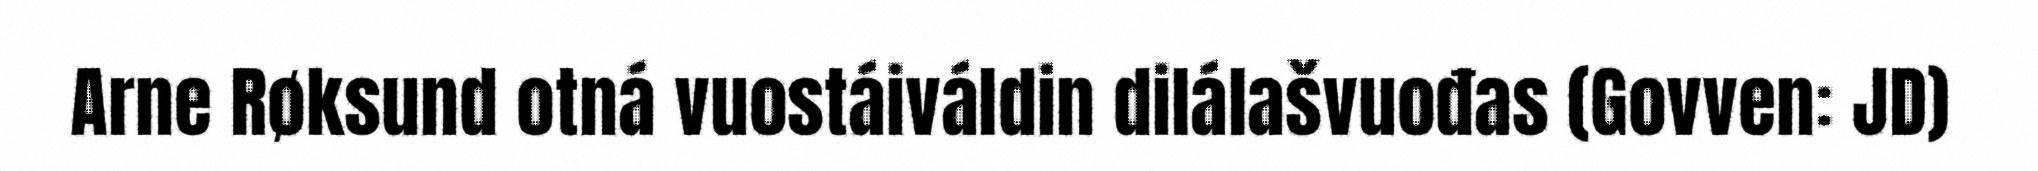
Arne Røksund otná vuostáiváldin dilálašvuođas (Govven: JD)